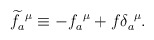
\begin{align*}\widetilde{f}_a^{~\mu}\equiv -f_a^{~\mu}+f\delta_a^{~\mu}.\end{align*}